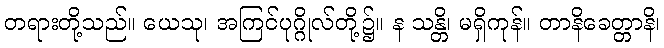
တရားတို့သည်။ ယေသု၊ အကြင်ပုဂ္ဂိုလ်တို့၌။ န သန္တိ၊ မရှိကုန်။ တာနိခေတ္တာနိ၊